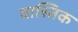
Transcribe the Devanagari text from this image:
वास्तिक